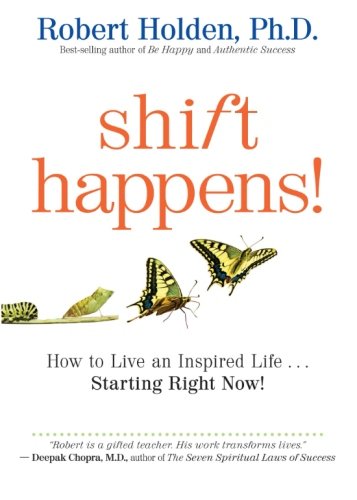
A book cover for Shift Happens: How to Live an Inspired Life...Starting Right Now!; Robert Holden Ph.D.; Health, Fitness & Dieting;